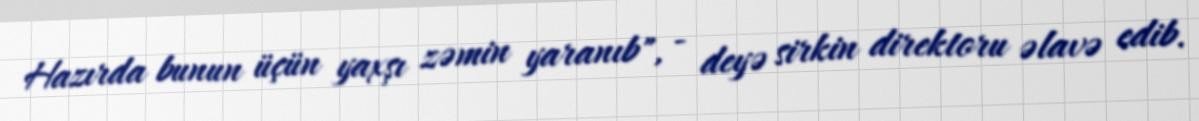
Hazırda bunun üçün yaxşı zəmin yaranıb", - deyə sirkin direktoru əlavə edib.